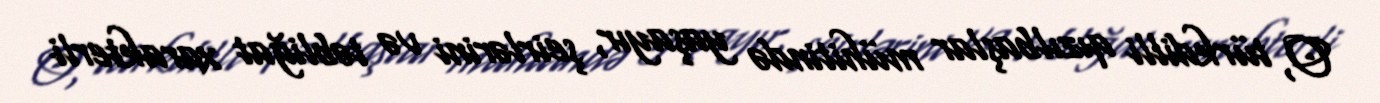
O, türkdilli qızılbaşlar mühitində yaşayır, şeirlərini və təbliğat xarakterli